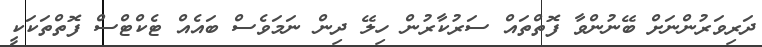
ދަރިވަރުންނަށް ބޭނުންވާ ފޮތްތައް ސަރުކާރުން ހިލޭ ދިން ނަމަވެސް ބައެއް ޓެކްޓްސް ފޮތްތަކަކީ